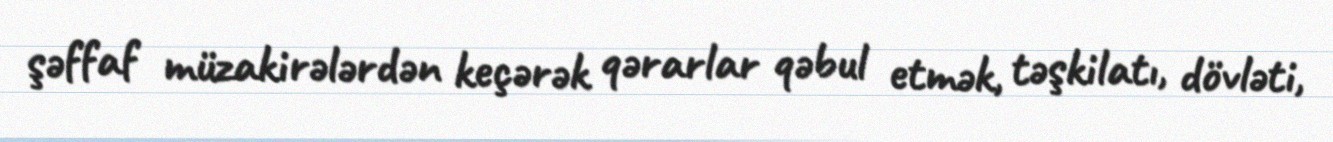
şəffaf müzakirələrdən keçərək qərarlar qəbul etmək, təşkilatı, dövləti,